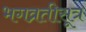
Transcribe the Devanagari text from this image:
भगव्रतीसूत्र